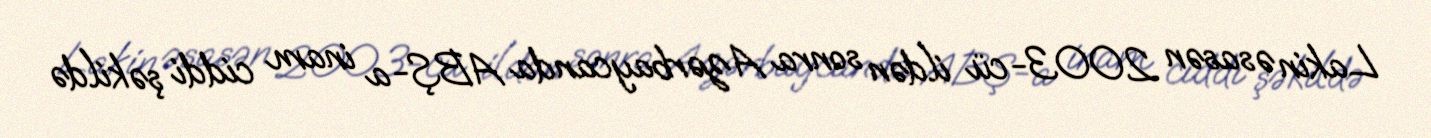
Lakin əsasən 2003-cü ildən sonra Azərbaycanda ABŞ-a inam ciddi şəkildə